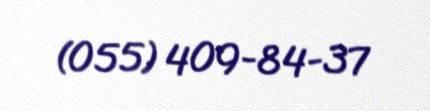
(055) 409-84-37